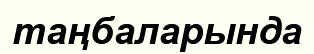
таңбаларында